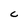
Character: C